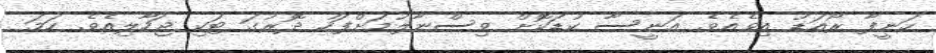
ހަނީފާ ރޯއަޑު އިވެއެވެ. އަނީސާ ކުޑަކޮށް ވިސްނާލުމަށްފަހު ދޮރުގަ ޓަކި ޖަހާލިއެވެ. ހަމަ